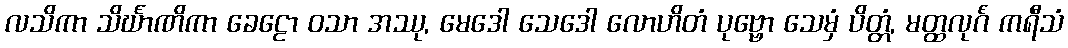
လသိကာ သိင်္ဃာဏိကာ ခေဠော ဝသာ အဿု, မေဒေါ သေဒေါ လောဟိတံ ပုဗ္ဗော သေမှံ ပိတ္တံ, မတ္ထလုင်္ဂံ ကရီသံ